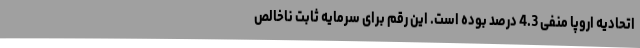
اتحادیه اروپا منفی 4.3 درصد بوده است. این رقم برای سرمایه ثابت ناخالص